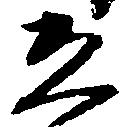
恐